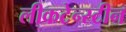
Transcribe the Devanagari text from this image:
लीकटेन्स्टीन